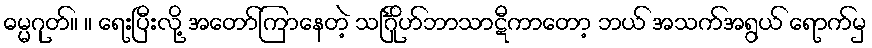
ဓမ္မဂုတ်။ ။ ရေးပြီးလို့ အတော်ကြာနေတဲ့ သင်္ဂြိုဟ်ဘာသာဋီကာတော့ ဘယ် အသက်အရွယ် ရောက်မှ